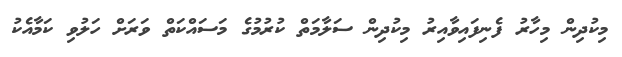
މިކުދިން މިހާރު ފެނިފައިވާއިރު މިކުދިން ސަލާމަތް ކުރުމުގެ މަސައްކަތް ވަރަށް ހަލުވި ކަމާއެކު